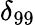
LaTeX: \delta_{99}